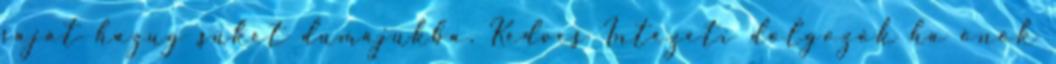
saját hazug süket dumájukba. Kedves Intézeti dolgozók ha önök